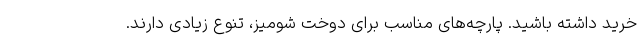
خرید داشته باشید. پارچه‌های مناسب برای دوخت شومیز، تنوع زیادی دارند.